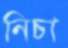
নিচা